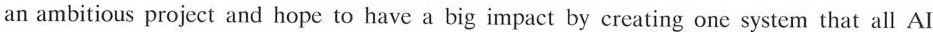
an ambitious project and hope to have a big impact by creating one system that all AI